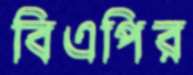
বিএপির